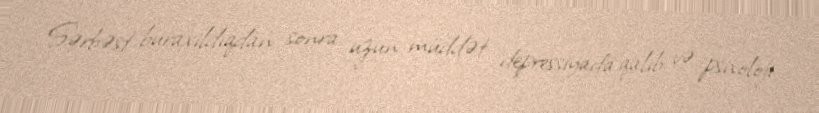
Sərbəst buraxıldıqdan sonra uzun müddət depressiyada qalıb və psixoloji